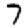
Digit: 7